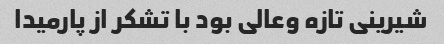
شیرینی تازه وعالی بود با تشکر از پارمیدا